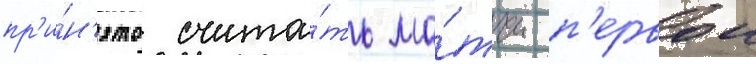
пр'и́н'ято счита́ть ма́тчи п'ервои